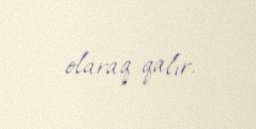
olaraq qalır.